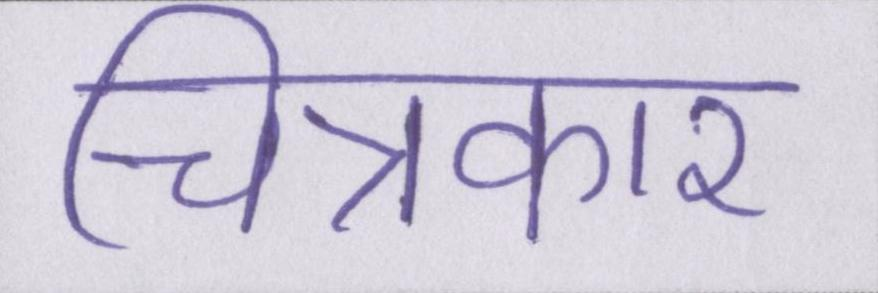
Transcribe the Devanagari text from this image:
चित्रकार